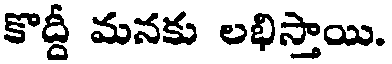
కొద్దీ మనకు లభిస్తాయి.